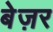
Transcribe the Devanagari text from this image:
बेज़र